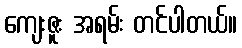
ကျေးဇူး အရမ်း တင်ပါတယ်။